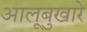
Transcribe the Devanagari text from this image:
आलूबुखारे